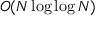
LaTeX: O ( N \log \log N )